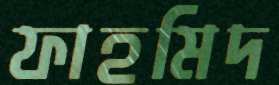
ফাহমিদ